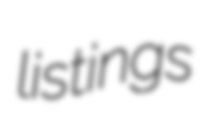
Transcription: listings